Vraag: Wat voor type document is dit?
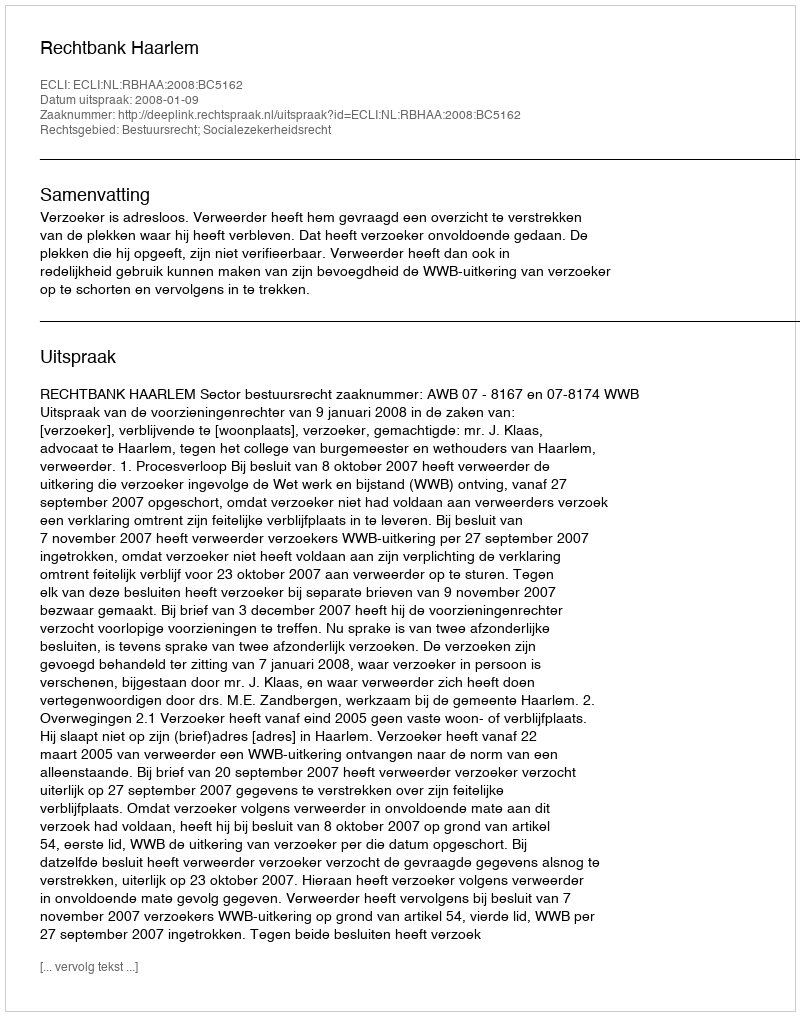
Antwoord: Uitspraak